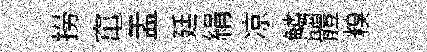
撈𥧄盂廷絹凉鱗體糗